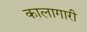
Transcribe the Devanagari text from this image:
कालागारी